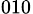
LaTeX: _{010}